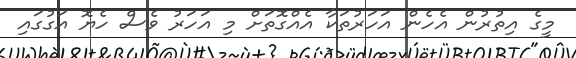
މީގެ އިތުރުން އެހެން އަހަރުތަކާ އެއްގޮތަށް މި އަހަރު ވެސް ހެޔޮ އަގުގައި